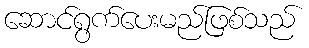
ဆောင်ရွက်ပေးမည်ဖြစ်သည်